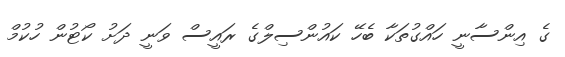
ގެ އިންސާނީ ހައްގުތަކާ ބެހޭ ކައުންސިލްގެ ރައީސް ވަނީ ދަށު ކޯޓުން ހުކުމް